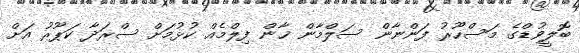
ބޮލީވުޑްގެ މަސްހޫރު ފަންނާން ސަލްމާން ޚާން ފިލްމެއް ކުޅުމަށް ސްރަދާ ކަޕޫރު އަށް